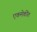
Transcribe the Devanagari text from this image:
एकमेकींत